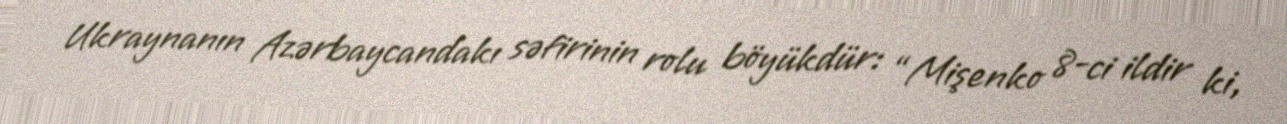
Ukraynanın Azərbaycandakı səfirinin rolu böyükdür: “Mişenko 8-ci ildir ki,